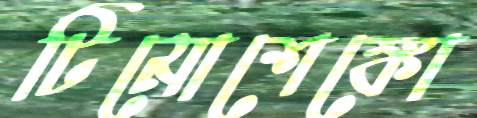
টিমোশেঙ্কো